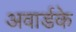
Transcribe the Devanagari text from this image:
अवार्डके